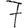
Digit: 7